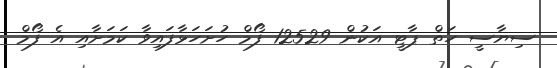
ސިޔާސީ ހަތް ޕާޓީ އަކުން 12529 ފޯމް ހުށަހަޅާފައިވާ ކަމަށާއި އެ ފޯމް